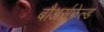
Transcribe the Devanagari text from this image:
बौअर्सफेल्ड